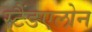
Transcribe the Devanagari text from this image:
स्टैंडएलोन